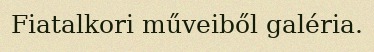
Fiatalkori műveiből galéria.